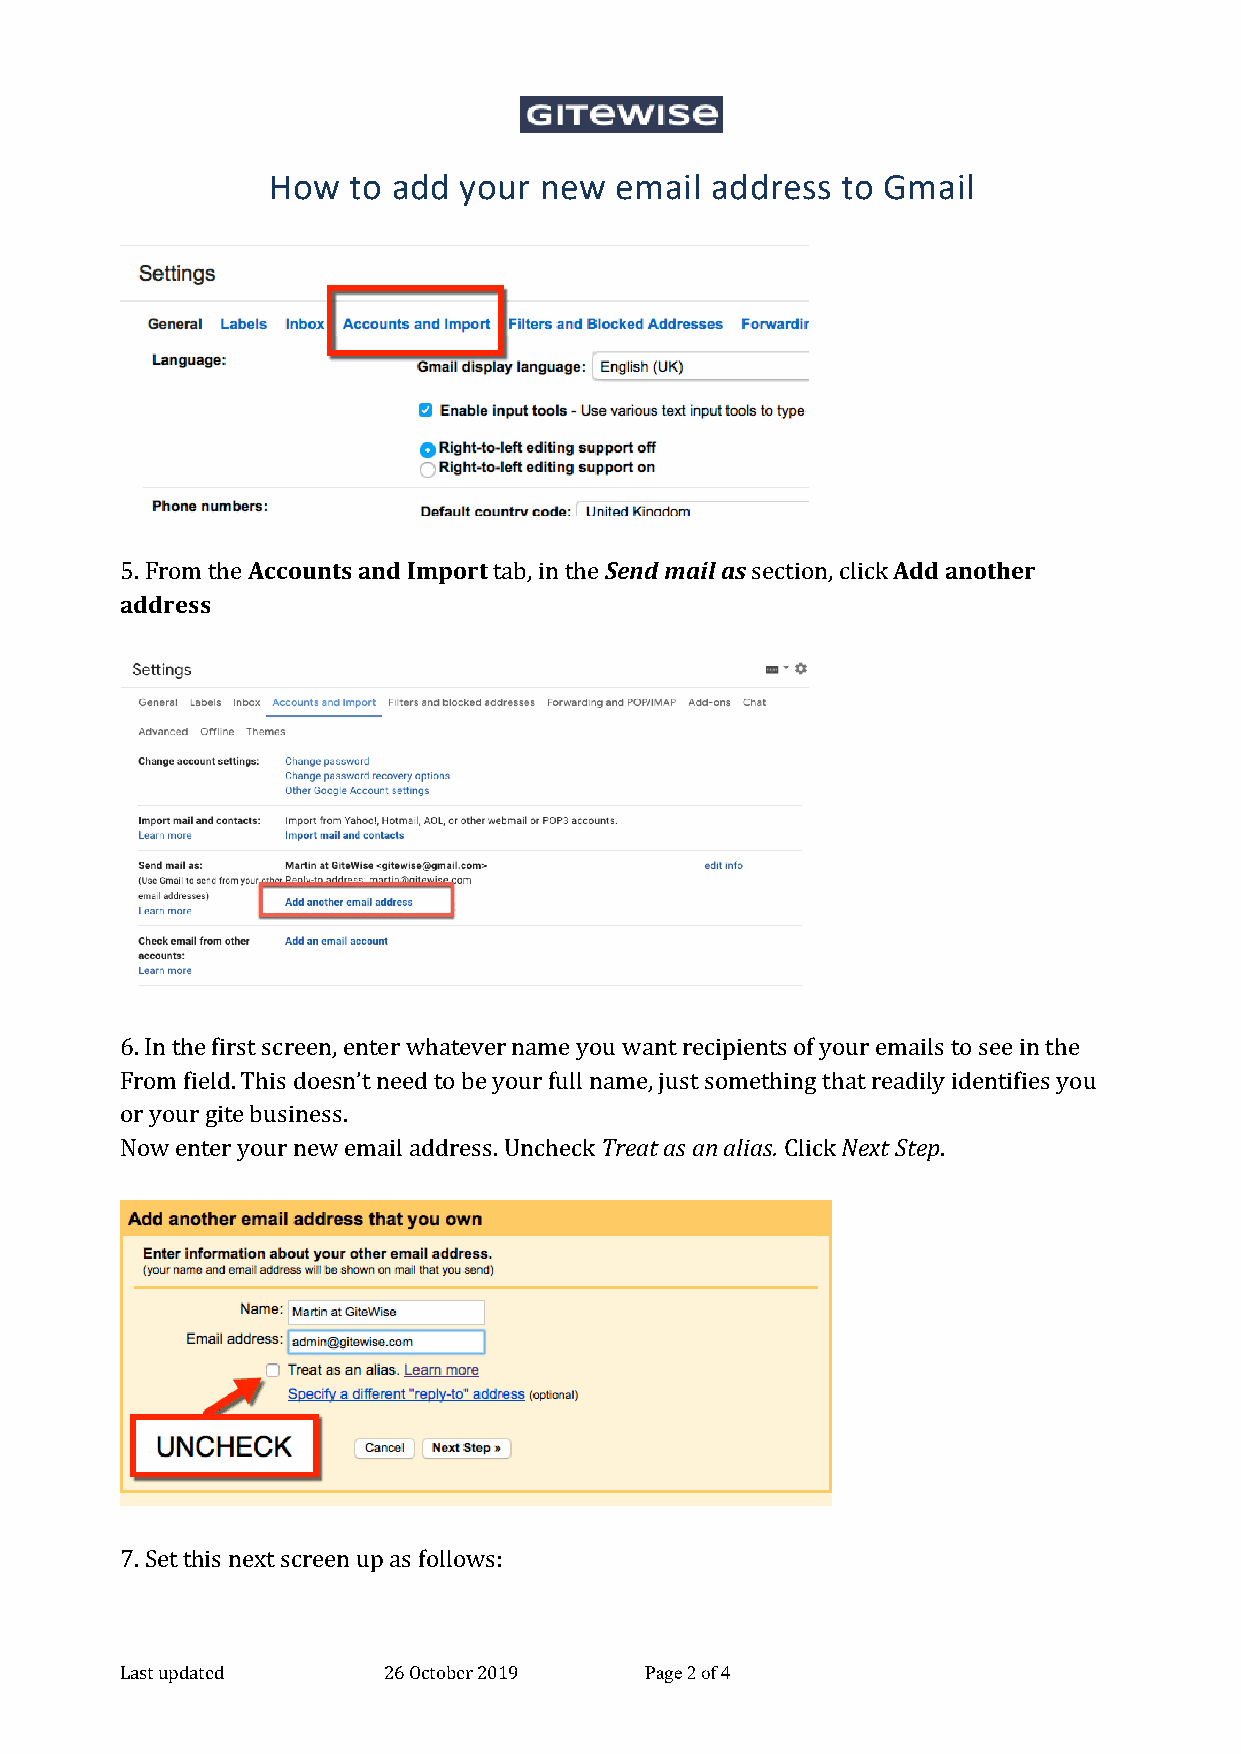
How  to add your  new  email address  to Gmail
 5. From the Accounts and Import tab, in the Send mail as section, click Add another
 address
 6. In the first screen, enter whatever name you want recipients of your emails to see in the
 From field. This doesn’t need to be your full name, just something that readily identifies you
 or your gite business.
 Now enter your new email address. Uncheck Treat as an alias. Click Next Step.
 7. Set this next screen up as follows:
 Last updated     26 October 2019   Page 2 of 4